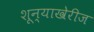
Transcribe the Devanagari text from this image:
शून्याखेरीज